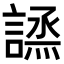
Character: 𧪣